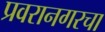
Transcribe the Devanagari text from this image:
प्रवरानगरचा